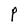
Character: P